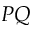
P Q